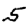
Digit: 5